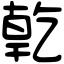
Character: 亁